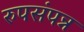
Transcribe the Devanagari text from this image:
रुपसंपन्न